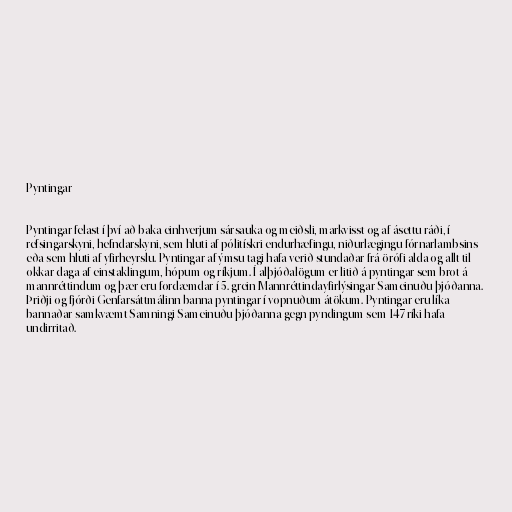
Pyntingar

Pyntingar felast í því að baka einhverjum sársauka og meiðsli, markvisst og af ásettu ráði, í
refsingarskyni, hefndarskyni, sem hluti af pólitískri endurhæfingu, niðurlægingu fórnarlambsins
eða sem hluti af yfirheyrslu. Pyntingar af ýmsu tagi hafa verið stundaðar frá örófi alda og allt til
okkar daga af einstaklingum, hópum og ríkjum. Í alþjóðalögum er litið á pyntingar sem brot á
mannréttindum og þær eru fordæmdar í 5. grein Mannréttindayfirlýsingar Sameinuðu þjóðanna.
Þriðji og fjórði Genfarsáttmálinn banna pyntingar í vopnuðum átökum. Pyntingar eru líka
bannaðar samkvæmt Samningi Sameinuðu þjóðanna gegn pyndingum sem 147 ríki hafa
undirritað.